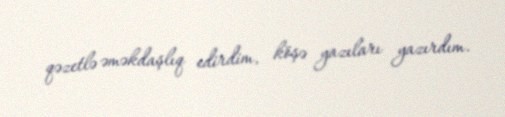
qəzetlə əməkdaşlıq edirdim, köşə yazıları yazırdım.